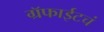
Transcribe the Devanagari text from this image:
ग्रॅफाईटचं